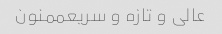
عالی و تازه و سریعممنون